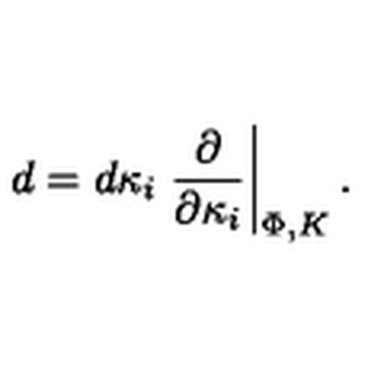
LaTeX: d = d \kappa _ { i } \left. { \frac { \partial } { \partial \kappa _ { i } } } \right| _ { \Phi , K } .